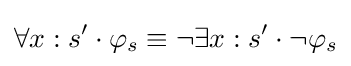
\forall x:s'\cdot \varphi _{s}\equiv \neg \exists x:s'\cdot \neg \varphi _{s}